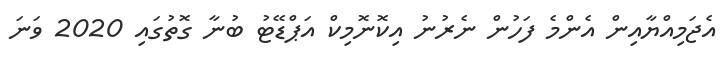
އެޖަމިއްޔާއިން އެންމެ ފަހުން ނެރުނު އިކޮނޮމިކް އަޕްޑޭޓު ބުނާ ގޮތުގައި 2020 ވަނަ